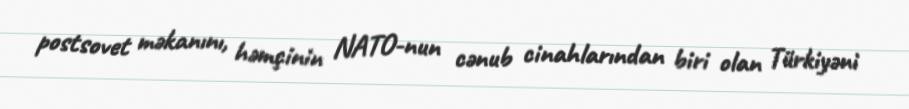
postsovet məkanını, həmçinin NATO-nun cənub cinahlarından biri olan Türkiyəni